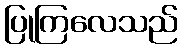
ပြုကြလေသည်